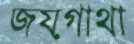
জয়গাথা